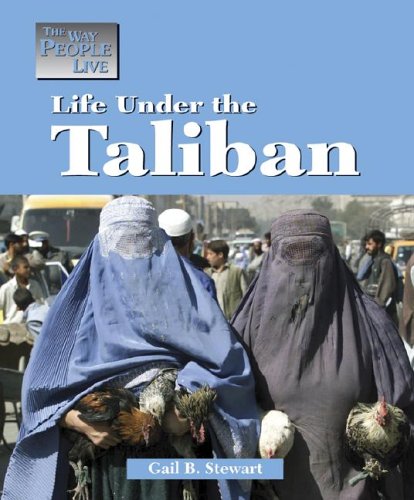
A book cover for The Way People Live - Life Under the Taliban; Gail B. Stewart; Teen & Young Adult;